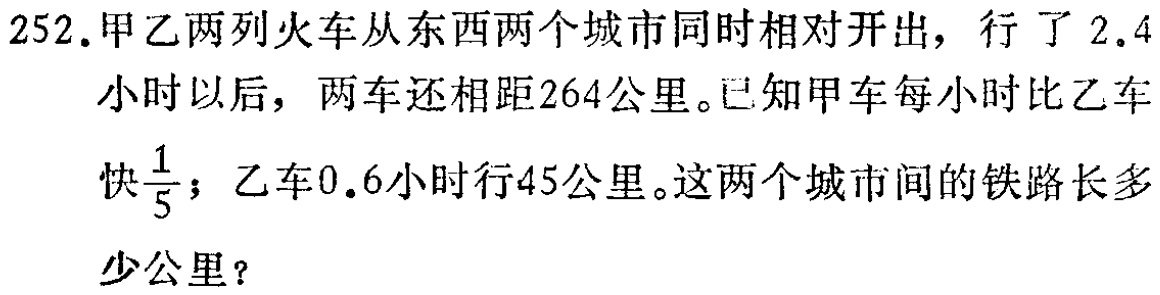
252.甲乙两列火车从东西两个城市同时相对开出，行了2.4小时以后，两车还相距264公里。已知甲车每小时比乙车快$\frac{1}{5}$；乙车0.6小时行45公里。这两个城市间的铁路长多少公里？